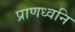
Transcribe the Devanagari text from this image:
प्राणध्वनि